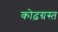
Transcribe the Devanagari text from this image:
कोढ़ग्रस्त